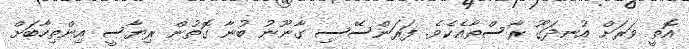
އޮތީ ވަރަށް އުނދަގޫ ރާސްތާއެކެވެ. ފަރަންސޭސި ގާނޫނު ބުނާ ގޮތުން ރިޔާސީ އިންތިހާބަށް